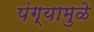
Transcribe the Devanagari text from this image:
पंग्यामुळे